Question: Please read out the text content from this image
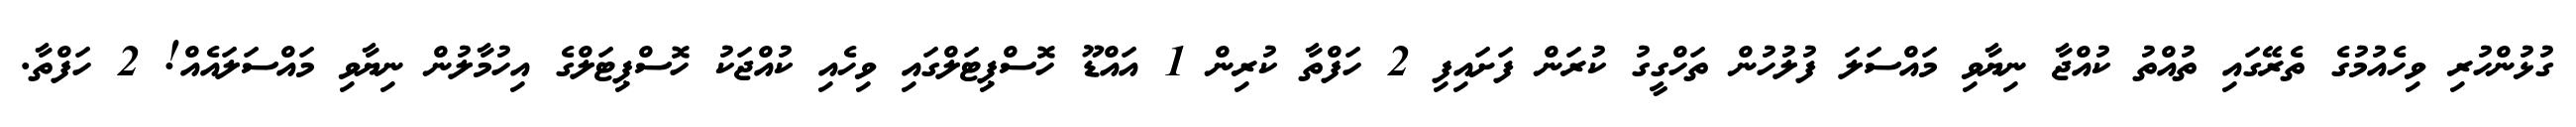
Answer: ގުޅުންހުރި ވިހެއުމުގެ ތެރޭގައި ތުއްތު ކުއްޖާ ނިޔާވި މައްސަލަ ފުލުހުން ތަހްގީގު ކުރަން ފަށައިފި 2 ހަފްތާ ކުރިން 1 އައްޑޫ ހޮސްޕިޓަލްގައި ވިހެއި ކުއްޖަކު ހޮސްޕިޓަލްގެ އިހުމާލުން ނިޔާވި މައްސަލައެއް! 2 ހަފްތާ.